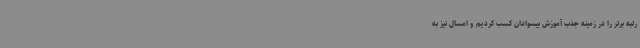
رتبه برتر را در زمینه جذب آموزش بیسوادان کسب کردیم و امسال نیز به